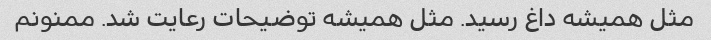
مثل همیشه داغ رسید. مثل همیشه توضیحات رعایت شد. ممنونم